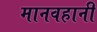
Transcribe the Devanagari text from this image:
मानवहानी